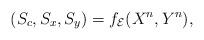
LaTeX: \begin{align*}(S_c,S_x,S_y)=f_{\mathcal{E}}(X^n,Y^n),\end{align*}